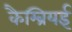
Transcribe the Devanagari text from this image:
कैम्ब्रियई